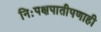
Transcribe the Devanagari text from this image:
निःपक्षपातीपणाही